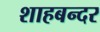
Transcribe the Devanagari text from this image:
शाहबन्दर